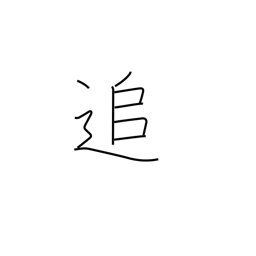
Meaning: meanwhile